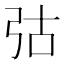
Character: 𢏆